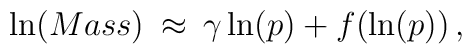
\ln(Mass) \: \approx \: \gamma \ln (p) + f(\ln (p))\, ,